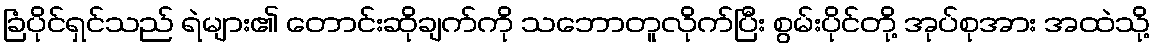
ခြံပိုင်ရှင်သည် ရဲများ၏ တောင်းဆိုချက်ကို သဘောတူလိုက်ပြီး စွမ်းပိုင်တို့ အုပ်စုအား အထဲသို့